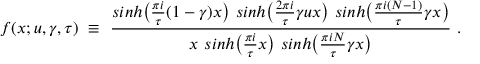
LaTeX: f ( x ; u , \gamma , \tau ) ~ \equiv ~ { \frac { s i n h \big ( { \frac { \pi i } { \tau } } ( 1 - \gamma ) x \big ) ~ s i n h \big ( { \frac { 2 \pi i } { \tau } } \gamma u x \big ) ~ s i n h \big ( { \frac { \pi i ( N - 1 ) } { \tau } } \gamma x \big ) } { x ~ s i n h \big ( { \frac { \pi i } { \tau } } x \big ) ~ s i n h \big ( { \frac { \pi i N } { \tau } } \gamma x \big ) } } \ .